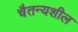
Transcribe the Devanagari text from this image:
चैतन्यशील